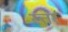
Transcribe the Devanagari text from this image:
स्तर्र